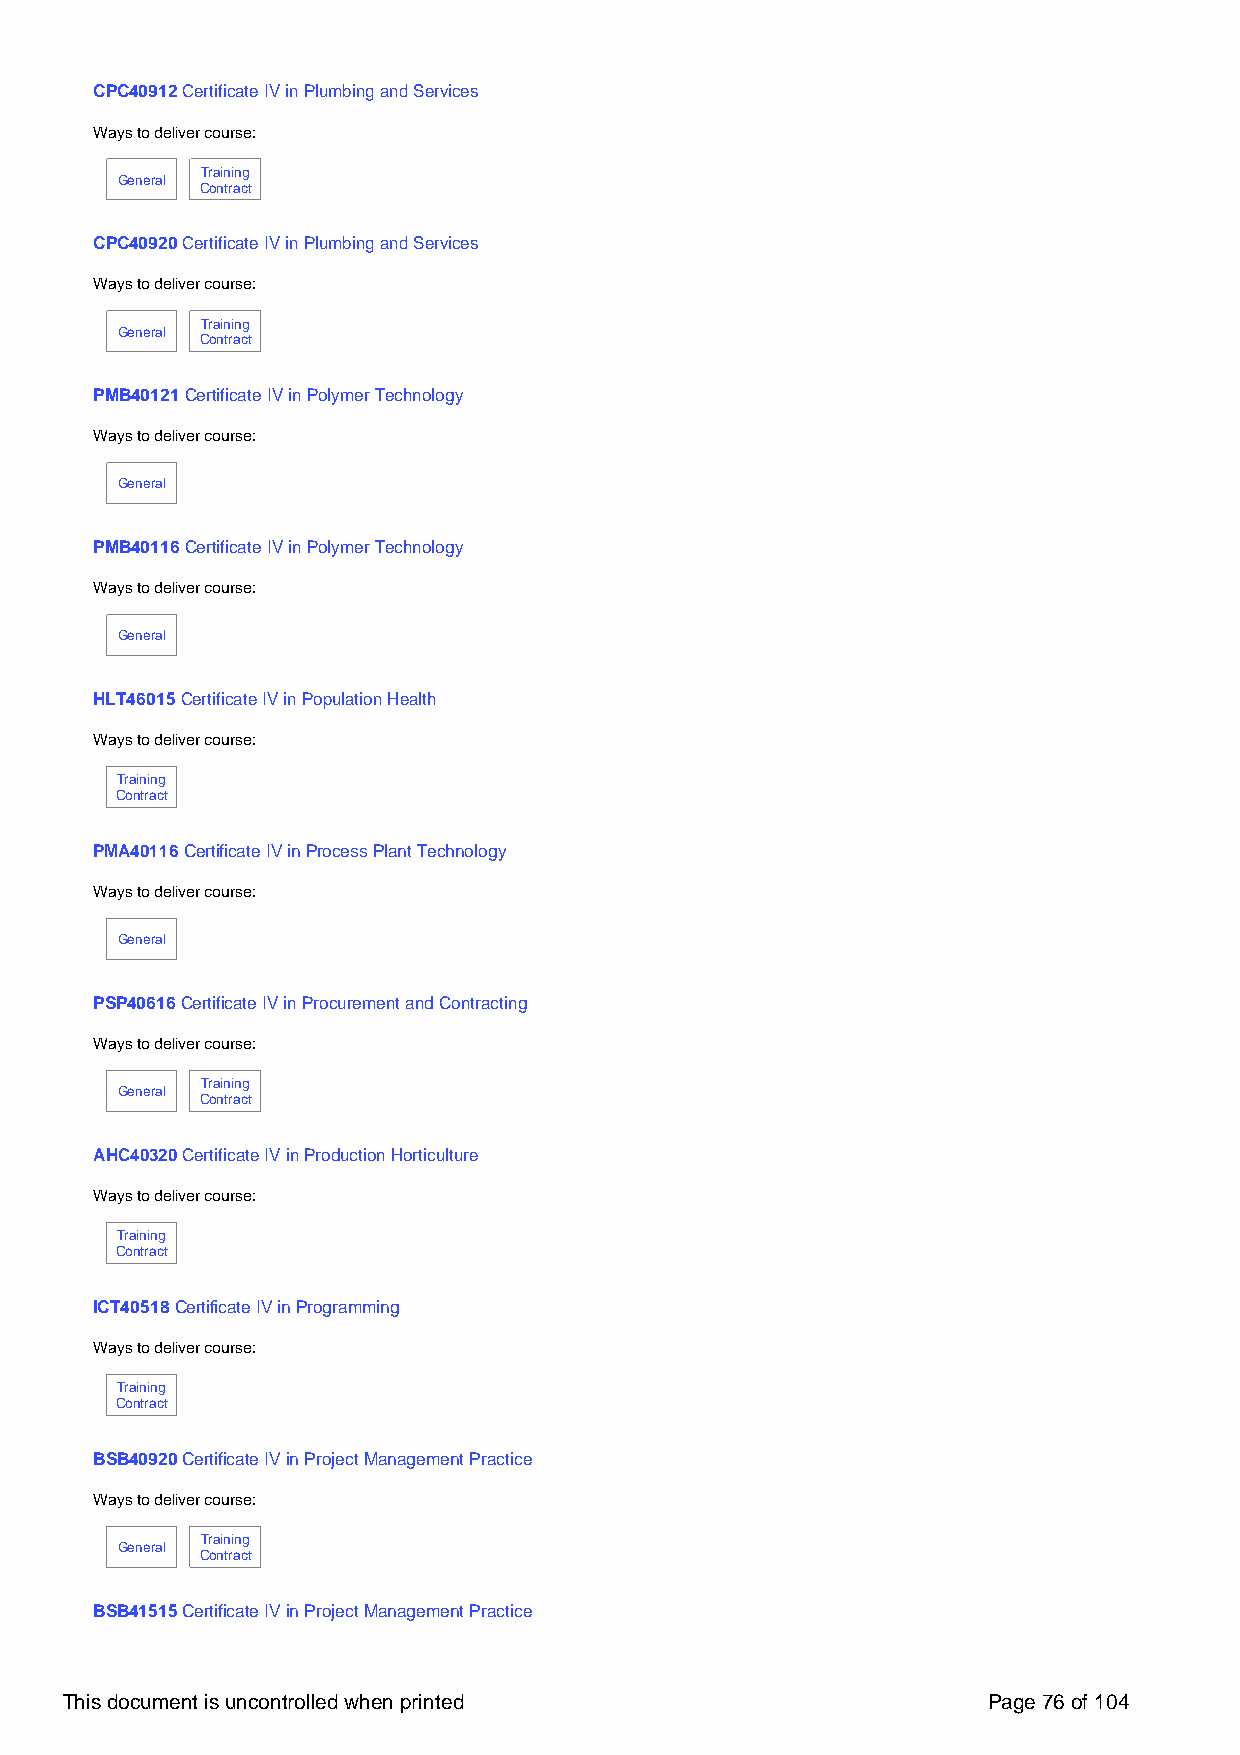
CPC40912 Certificate IV in Plumbing and Services
 Ways to deliver course:
 Training
 General
 Contract
 CPC40920 Certificate IV in Plumbing and Services
 Ways to deliver course:
 Training
 General
 Contract
 PMB40121 Certificate IV in Polymer Technology
 Ways to deliver course:
 General
 PMB40116 Certificate IV in Polymer Technology
 Ways to deliver course:
 General
 HLT46015 Certificate IV in Population Health
 Ways to deliver course:
 Training
 Contract
 PMA40116 Certificate IV in Process Plant Technology
 Ways to deliver course:
 General
 PSP40616 Certificate IV in Procurement and Contracting
 Ways to deliver course:
 Training
 General
 Contract
 AHC40320 Certificate IV in Production Horticulture
 Ways to deliver course:
 Training
 Contract
 ICT40518 Certificate IV in Programming
 Ways to deliver course:
 Training
 Contract
 BSB40920 Certificate IV in Project Management Practice
 Ways to deliver course:
 Training
 General
 Contract
 BSB41515 Certificate IV in Project Management Practice
 This document is uncontrolled when printed                   Page 76 of 104